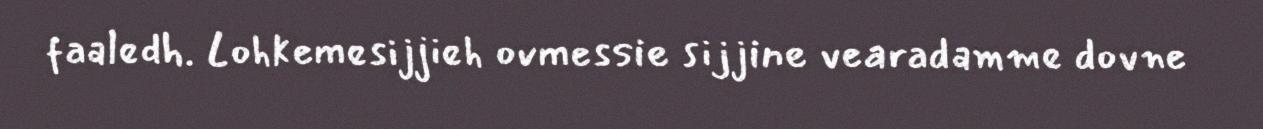
faaledh. Lohkemesijjieh ovmessie sijjine vearadamme dovne